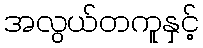
အလွယ်တကူနှင့်